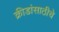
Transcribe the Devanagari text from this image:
क्रीडांसाठीचे